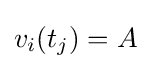
v_{i}(t_{j})=A